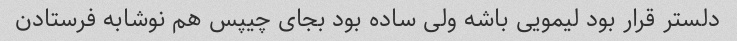
دلستر قرار بود لیمویی باشه ولی ساده بود بجای چیپس هم نوشابه فرستادن